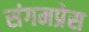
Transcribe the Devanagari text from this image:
संगमप्रेस